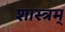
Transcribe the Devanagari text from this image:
शास्त्रम्